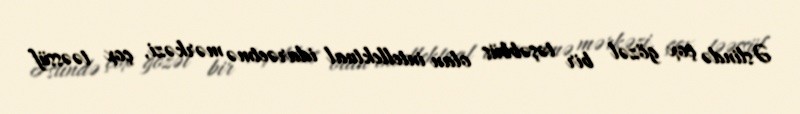
Əslində çox gözəl bir təşəbbüs olan intellektual idarəetmə mərkəzi, çox təəssüf